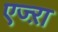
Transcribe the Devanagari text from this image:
एज्ऱा